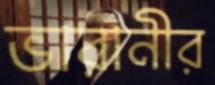
ভারানীর